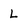
Character: L